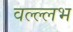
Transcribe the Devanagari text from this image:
वल्ल्लभ